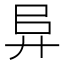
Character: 𢍀